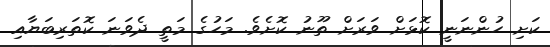
ކަށި ހުންނަނީ ކޮޅަށް ވަރަށް ތޫނު ކޮށެވެ. މަހުގެ މަތީ ދެވަނަ ކޮތަރިބަޔާއި